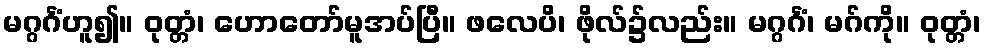
မဂ္ဂင်္ဂံဟူ၍။ ဝုတ္တံ၊ ဟောတော်မူအပ်ပြီ။ ဖလေပိ၊ ဖိုလ်၌လည်း။ မဂ္ဂင်္ဂံ၊ မဂ်ကို။ ဝုတ္တံ၊